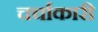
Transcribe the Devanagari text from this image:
चर्चाकारी